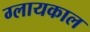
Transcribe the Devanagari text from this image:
ग्लायकाल